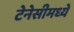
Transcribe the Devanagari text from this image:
टेनेसीमध्ये